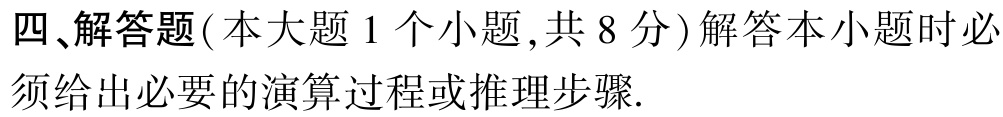
四、解答题（本大题1个小题,共8分）解答本小题时必须给出必要的演算过程或推理步骤.